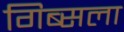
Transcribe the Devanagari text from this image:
गिब्सला